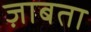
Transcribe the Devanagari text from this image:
ज़ाबता